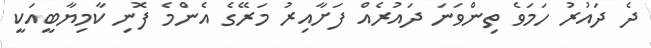
ދެ ދައުރު ހަމަވެ ތިންވަނަ ދައުރެއް ފަށާއިރު މަރޭގެ އެންމެ ފޮނި ކާމިޔާބީއަކީ